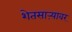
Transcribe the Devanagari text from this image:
शेतसाऱ्यावर